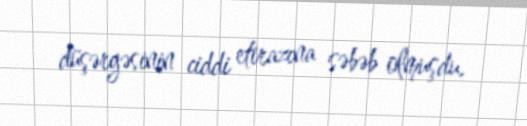
düşərgəsinin ciddi etirazına səbəb olmuşdu.